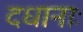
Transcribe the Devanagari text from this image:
दधानाः